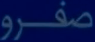
صفر